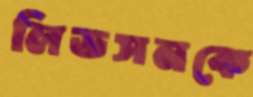
লিডসনকে